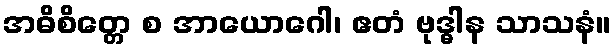
အဓိစိတ္တေ စ အာယောဂေါ၊ ဧတံ ဗုဒ္ဓါန သာသနံ။